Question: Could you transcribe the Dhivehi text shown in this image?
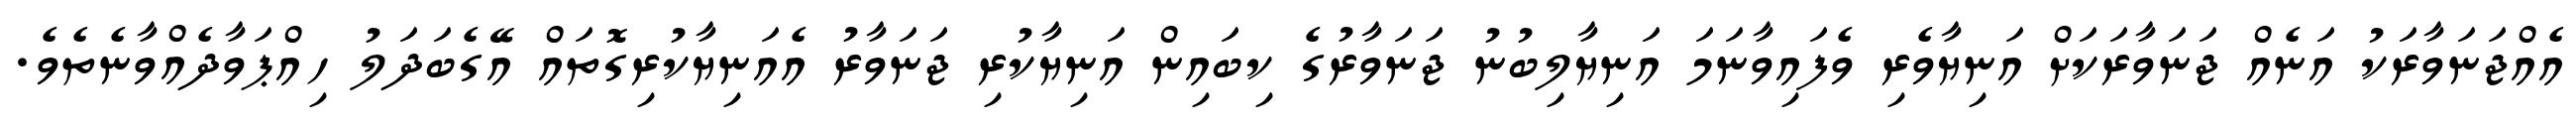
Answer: އެއްޖަނަވާރަކު އަނެއް ޖަނަވާރަކަށް އަނިޔާވެރި ވެފައިވާނަމަ އަނިޔާލިބުނު ޖަނަވާރުގެ ކިބައިން އަނިޔާކުރި ޖަނަވާރު އެއަނިޔާކުރިގޮތައް އޭގެބަދަލު ހިއްޕަވާދެއްވާނެތެވެ.